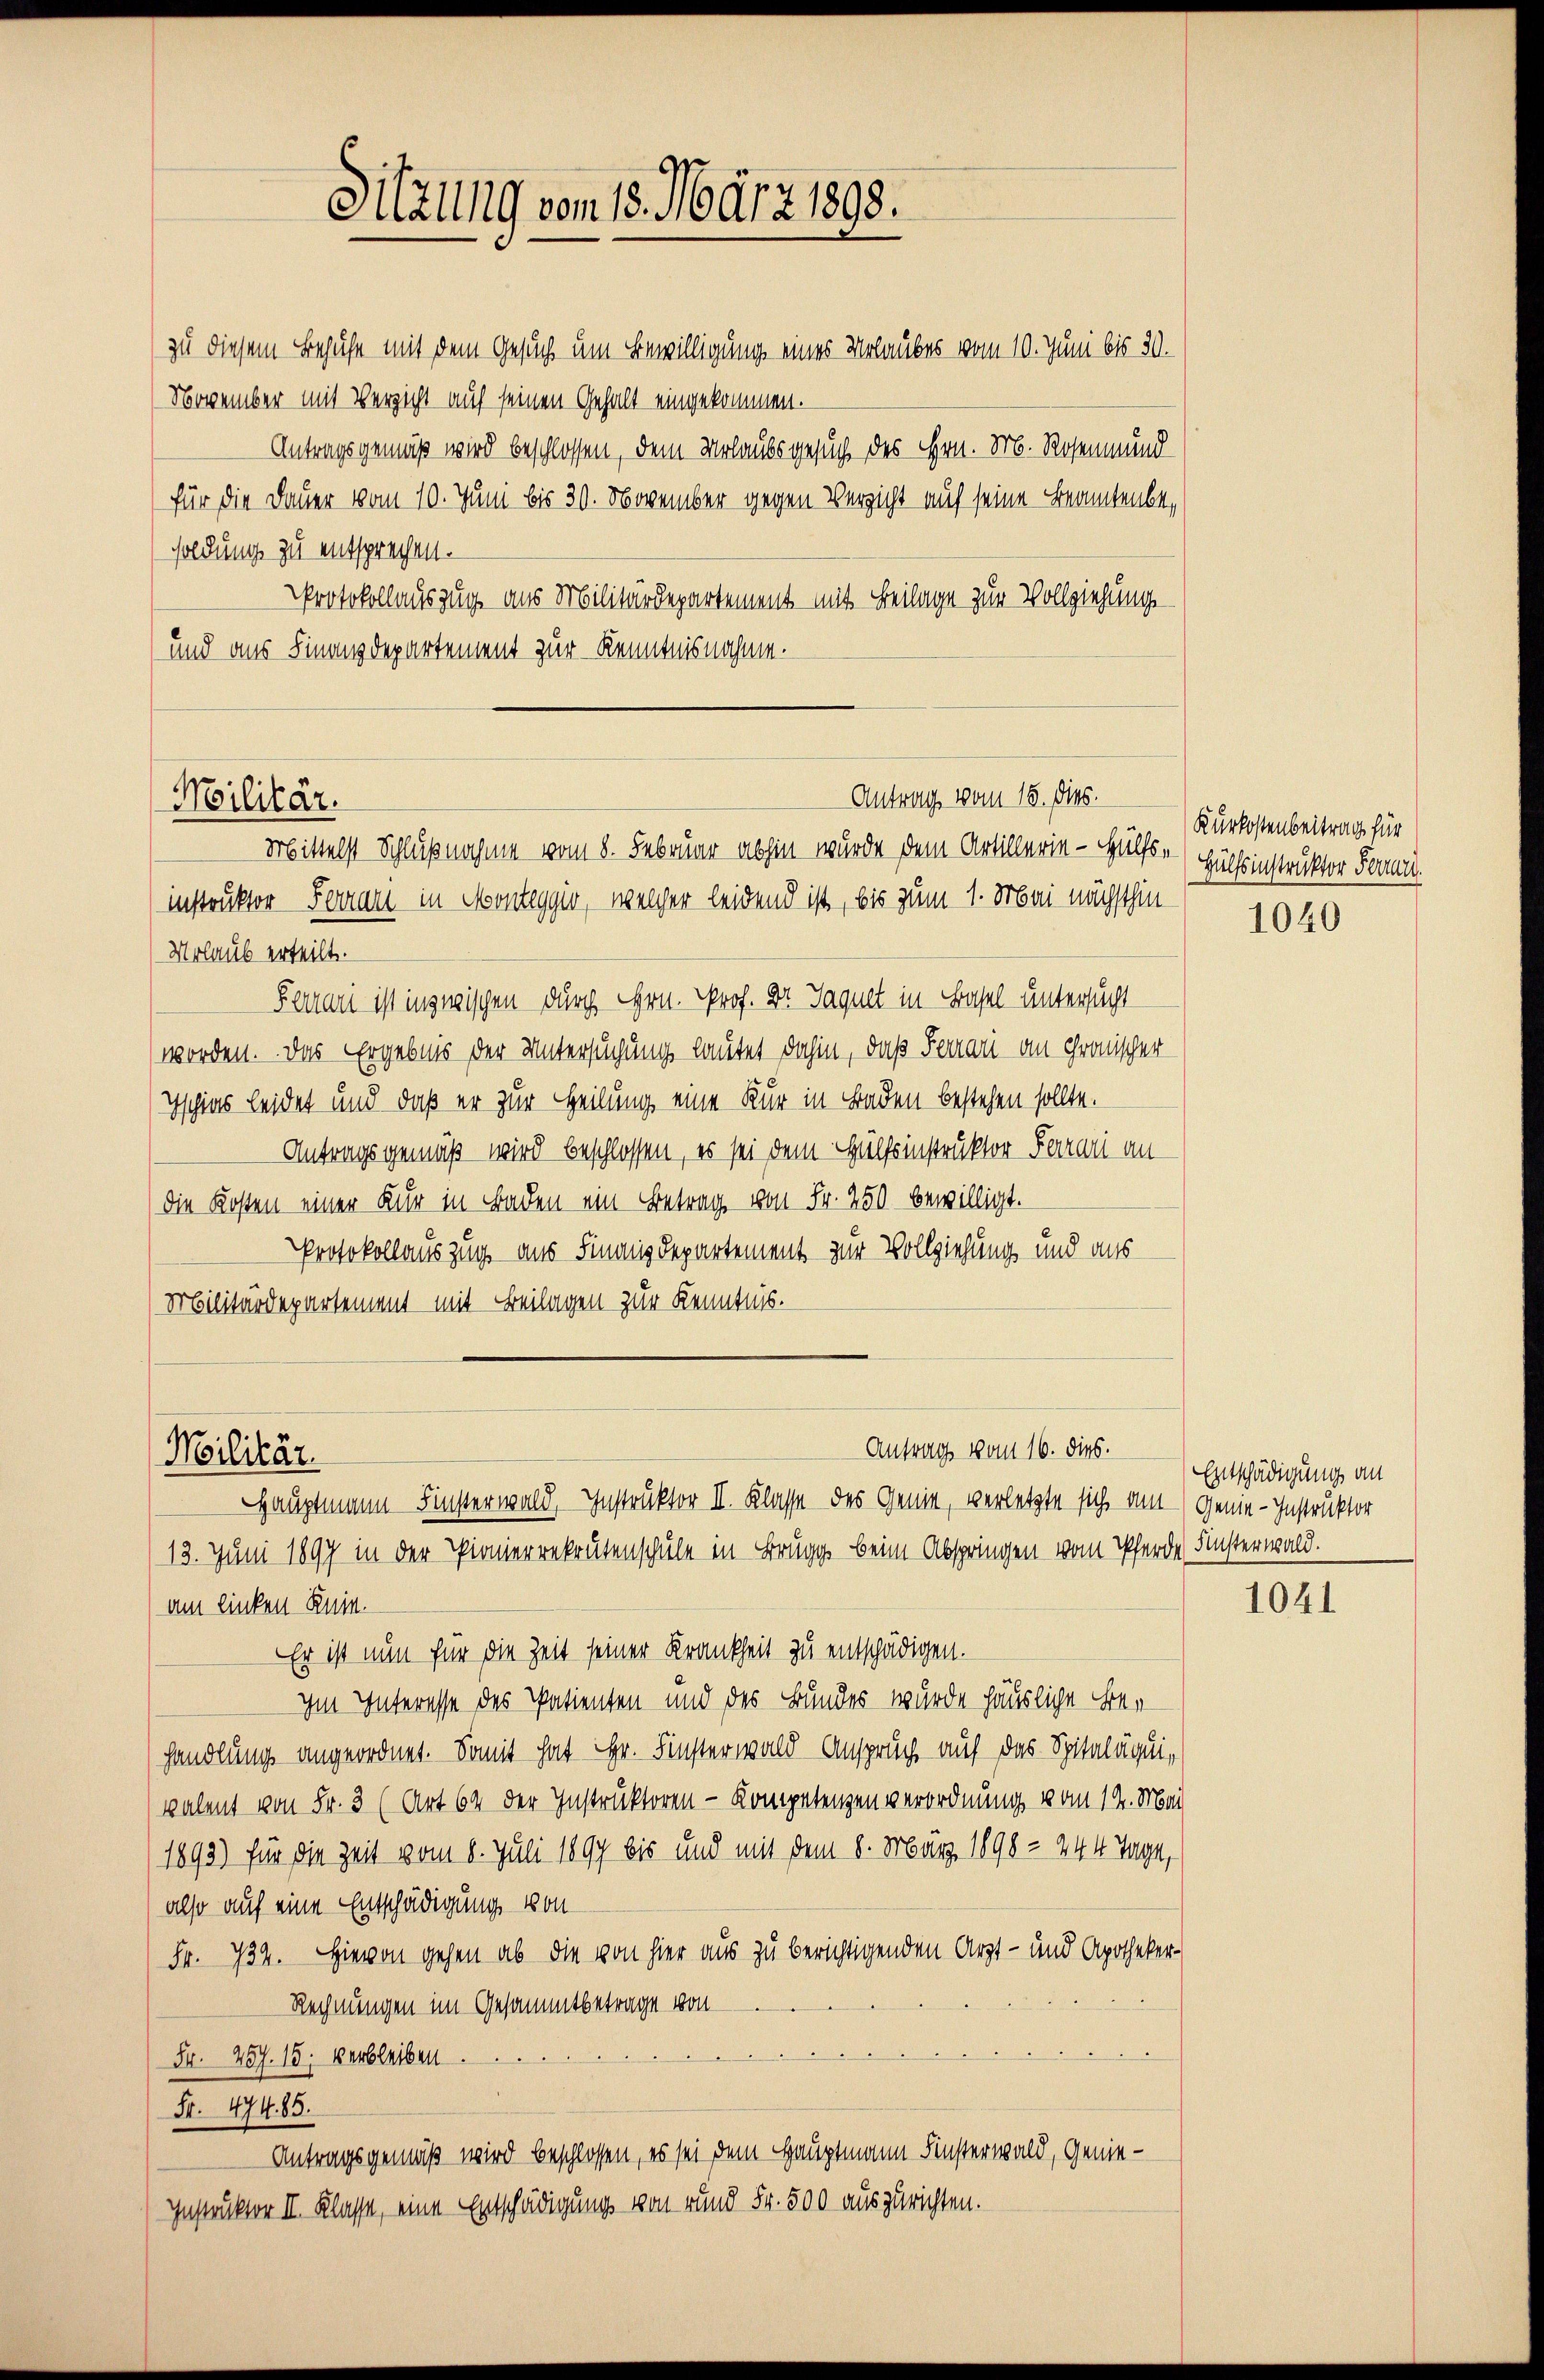
Sitzung vom 18. März 1898.

instruktor Ferren in Monteggio, welcher leidend ist, bis zum 1. Mai nächsthin
Mrlaub erteilt.
Ferra ist inzwischen durch Hrn. Prof. Dr. Jaquet in Basel untersucht
worden. Das Ergebnis der Untersuchung lautet dahin, daß Feuer an Gronischer
Ischies leidet und daß er zur Heilung eine Kur in Baden bestehen sollte.
Antragsgemäß wird beschlossen, es sei dem Hülfsinstruktor Parrari an
die Kosten einer Kur in Baden ein Betrag von Fr. 250 bewilligt.
Protokollauszug aus Finanzdepartement zur Vollziehung und aus
Militärdepartement mit Beilagen zur Kenntnis.

zu diesem Behufe mit dem Gesuch um Bewilligung eines Urlaubes vom 10. Juni bis 30.
November mit Verzicht auf seinen Gehalt eingekommen.
Antragsgemäß wird beschlossen, dem Urlaubsgesuch des Hrn. Mr. Rosenmund
für die Dauer vom 10. Juni bis 30. November gegen Verzicht auf seine Beamtenbesoldung zu entsprechen.
Protokollauszug aus Militärdepartement mit Beilage zur Vollziehung
und aus Finanzdepartement zur Kenntnisnahme.

Antrag vom 15. dies.
Militär.
Mittelst Schlußnahme vom 8. Februar abhin wurde dem Artillerie - Hülfs-Hülfsinstruktor Form

Antrag vom 16. dies.
Militär.
Hauptmann Finsterwald, Instruktor II. Klasse des Genie, verletzte sich am Genie-Instruktor

13. Juni 1897 in der Pionierrekrutenschule in Brugg beim Abspringen vom Pferde Finsterwald.
am linken Ruin.
Er ist nun für die Zeit seiner Krankheit zu entschädigen.
Im Interesse des Patienten und des Bundes wurde häusliche Ber
handlung angeordnet. Somit hat Hr. Finsterwald Anspruch auf das Spitaläquivalent von Fr. 3 (Art. 64 der Instruktoren - Kompetenzen verordnung vom 12. Mai
1893) für die Zeit vom 8. Juli 1897 bis und mit dem 8. März 1898 - 244 Tage,
also auf eine Entschädigung von
Fr. 734. Hievon gehen ab, die von hier aus zu berichtigenden Arzt- und Apotheker-
Rechnungen im Gesammtbetrage von
Fr. 457. 15. verbleiben.
Fr. 474. 85.
Antragsgemäß wird beschlossen, es sei dem Hauptmann Finsterwald, Genie¬
Instruktor II. Klasse, eine Entschädigung von rund Fr. 500 auszurichten.

Kurkostenbeitrag für

1040

Entschädigung an

1041